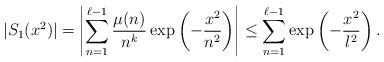
LaTeX: \begin{align*}|S_1(x^2)| & =\left| \sum_{n=1}^{\ell-1} \frac{\mu(n)}{n^k} \exp\left({-\frac{x^2}{n^2}}\right) \right| \leq \sum_{n=1}^{\ell-1} \exp\left({-\frac{x^2}{l^2}}\right).\end{align*}